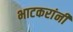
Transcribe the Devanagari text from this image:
भाटकरांनी